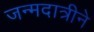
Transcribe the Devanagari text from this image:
जन्मदात्रीने